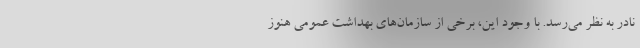
نادر به نظر می‌رسد. با وجود این، برخی از سازمان‌های بهداشت عمومی هنوز